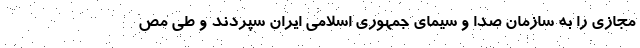
مجازی را به سازمان صدا و سیمای جمهوری اسلامی ایران سپردند و طی مص